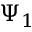
\Psi _ { 1 }